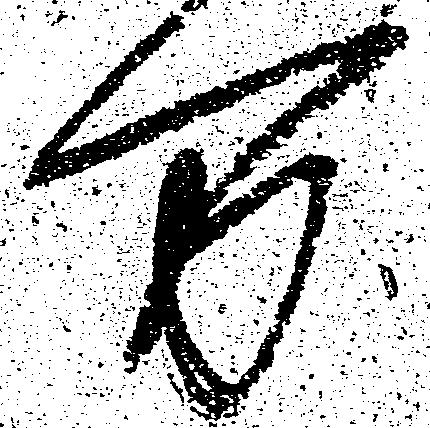
万